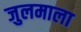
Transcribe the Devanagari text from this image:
जुलमाला